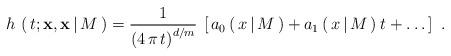
LaTeX: \begin{align*}h\,\left(\,t;{\bf x},{\bf x}\,|\,M\,\right) =\frac{1}{\left( 4\,\pi\,t \right)^{d/m}}\:\left[\,a_0\,(\,x\,|\,M\,) +a_1\,(\,x\,|\,M\,)\:t + \dots \,\right]\ .\end{align*}